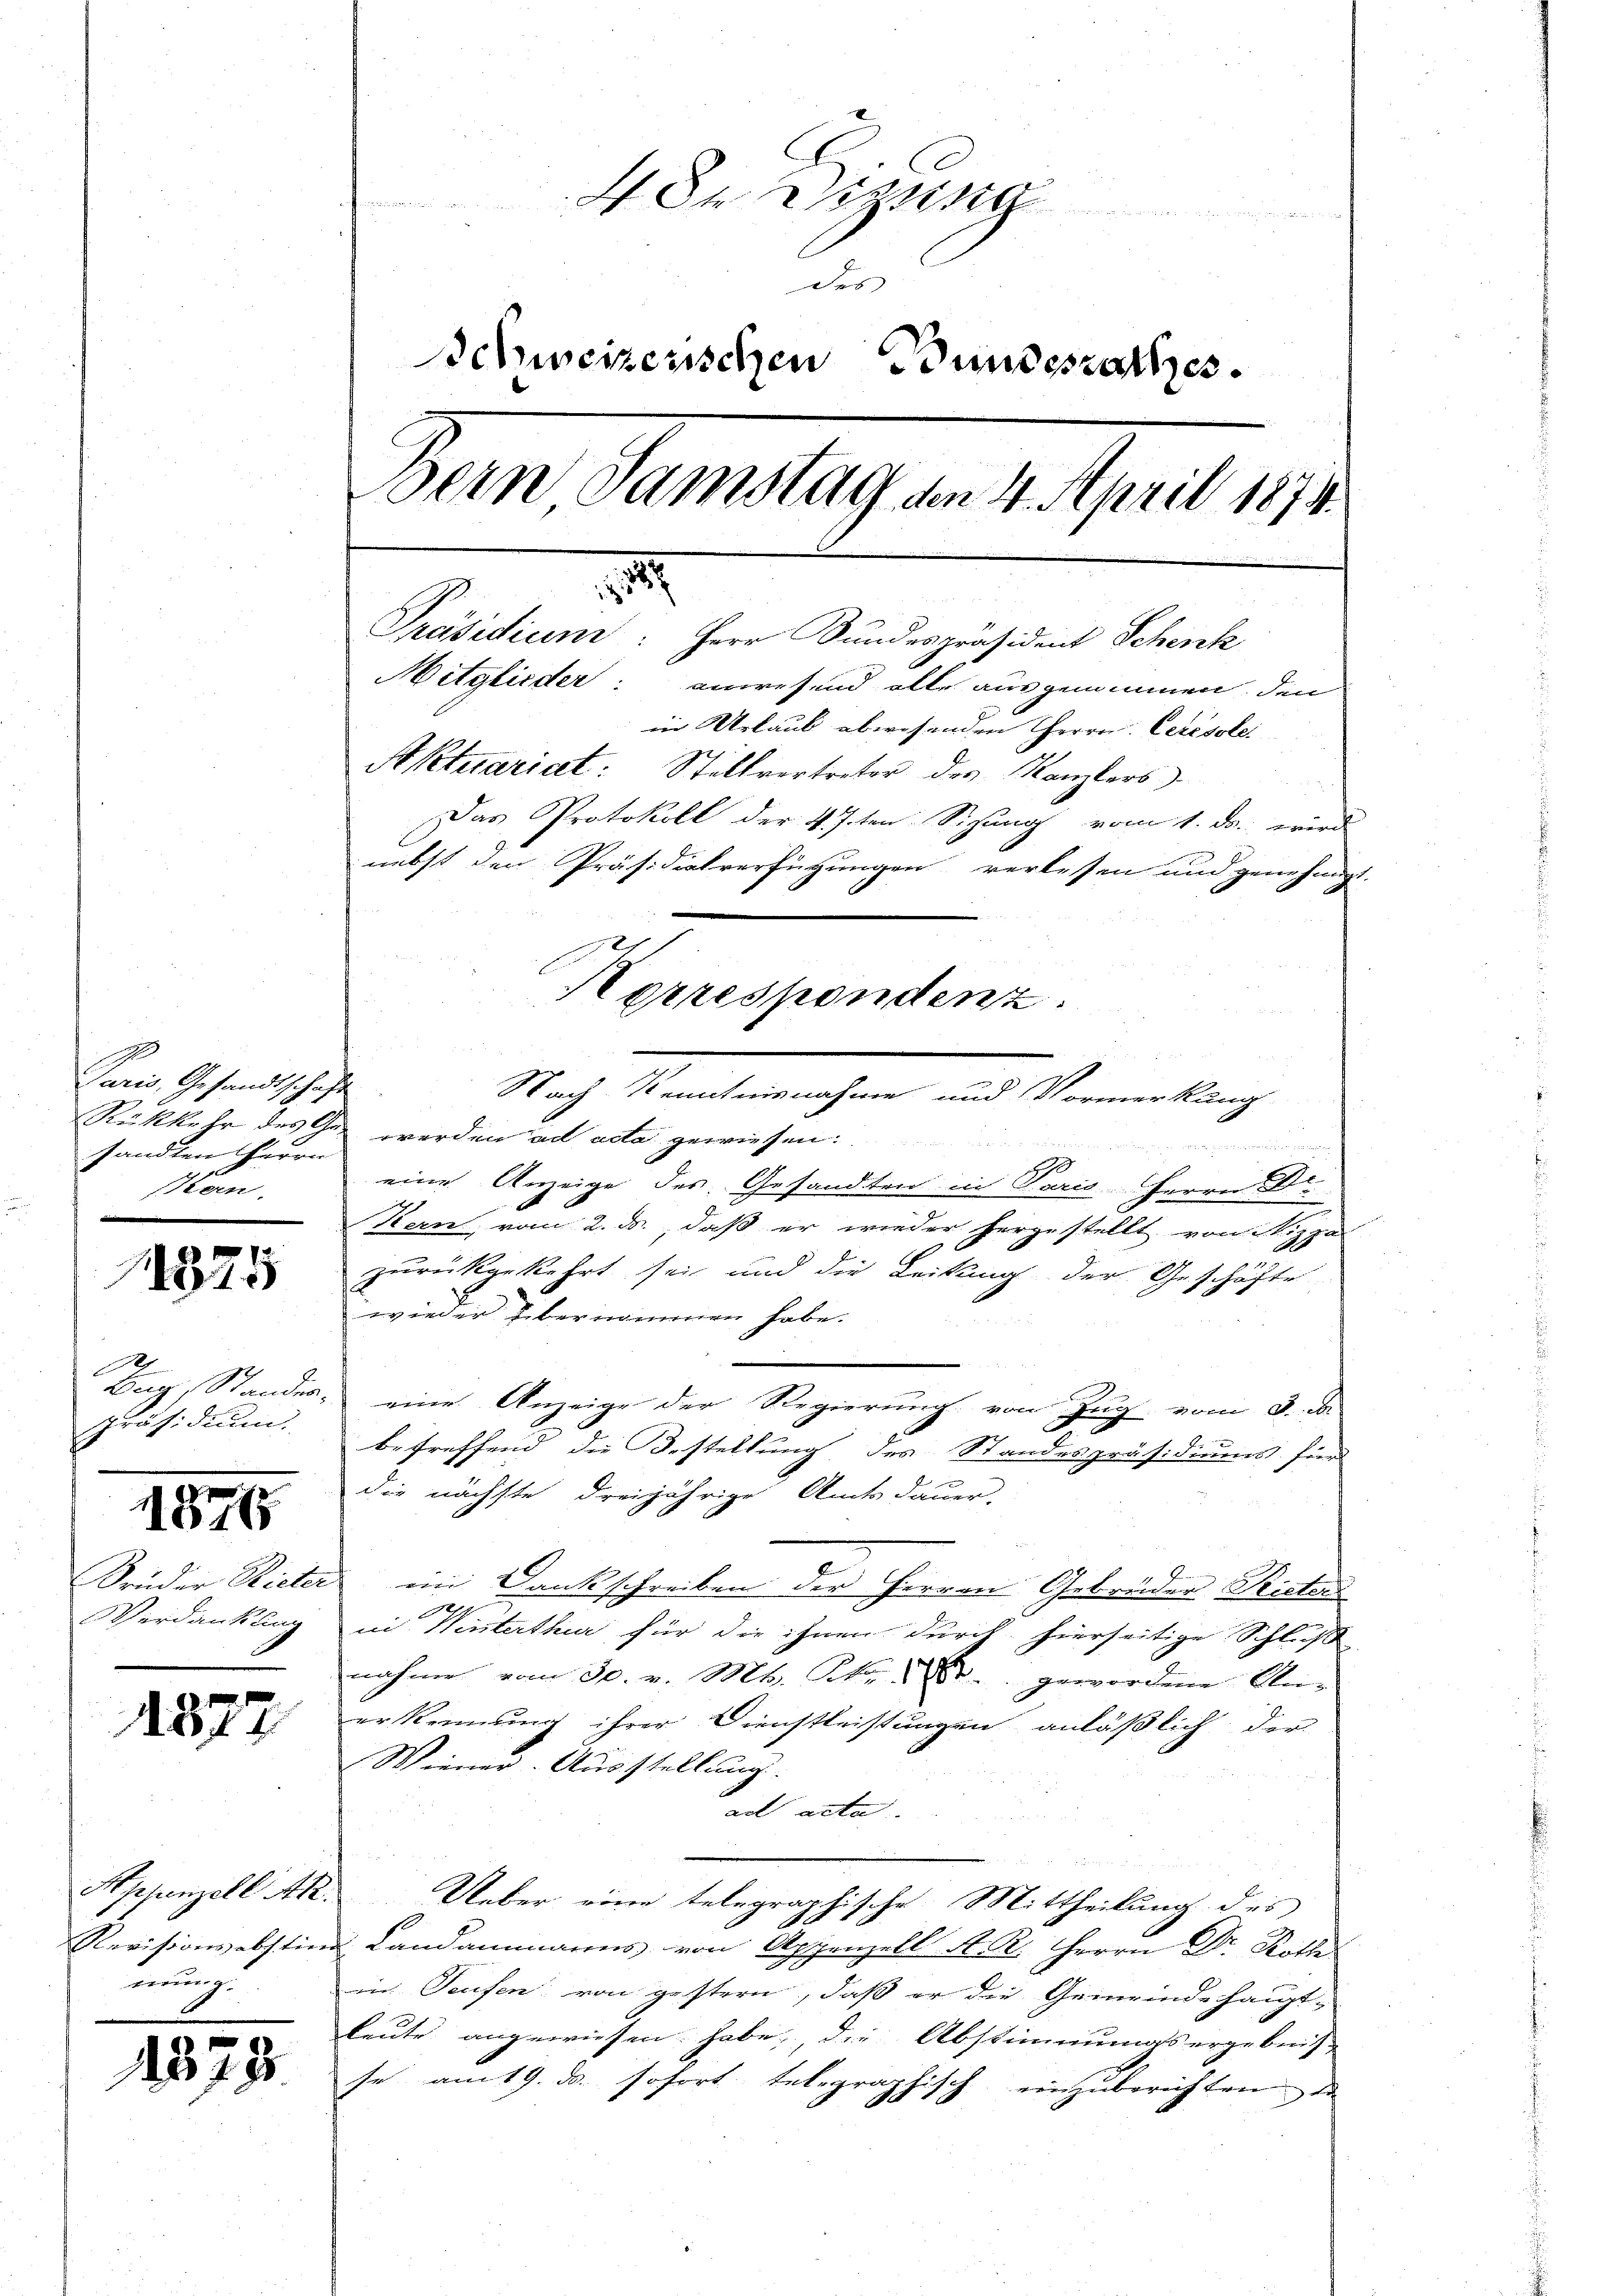
Paris, Gesandtschaft
sandten Herrn
Ken.

325

1
Präsidium
1845

1877

Appenzell A.
mung.

1373

4 Dr. Diezing

des
Schweizerischen Bundesrathes.
Den Samstag am 1. April 189
.
Präsidium: Herr Bundespräsident Schenk
Mitglieder: anwesend alle ausgenommen, den
in Urlaub abwesenden Herrn Ceresole
Aktuariat: Stellvertreter des Kanzlers
Das Protokoll der 4. 7ten Sichung vom 1. ds. wurd
nebst den Präsidialverfügungen verlesen und genehmigt.
Korrespondenz.

Nach Kenntnisnahme und Vormerkung
Rükkehr des Ge- werden ad acta gewiesen.
 mer
t
eine Anzeige des Gesandten in Paris Herrn Dr.
Kern, vom 2. da, daß er wieder hergestellt von Nizza
zurückgekehrt sei und die Leitung der Geschäfte
wieder übernommen habe.
Bag, Standes, eine Anzeige der Regierung von Zug vom 3. d.
betreffend die Bestellung des Standespräsidiums für
die nächste dreijährige Amtsdauer-
Brüder Rieter im Dankschreiben der Herren Gebrüder Rieters
Verdankung in Winterthur für die ihnen durch hierseitige Schluß
nahme vom 30. v. M. R. u. gewordene An-
erkennung ihrer Dienstleistungen anläßlich der
Wiener. Ausstellung.
ad acta
Ueber eine telegraphische Mittheilung des
Revisionsabstin Landammanns von Appenzell A. R. Herrn Dr. Rotte
in Teufen von gestern, daß er die Gemeindehaupt-
leute angewiesen habe, die Abstimmungsergebnis
se am 19. ds. sofort telegraphisch einzuberichten de